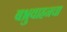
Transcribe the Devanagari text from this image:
बभ्रुवाहनचा